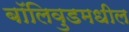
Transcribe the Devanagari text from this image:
बॉलिवुडमधील